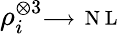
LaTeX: \rho_{i}^{\otimes 3}\substack{\longrightarrow\, \mathrm{~N~L~}}